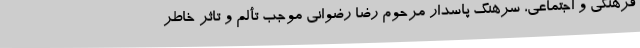
فرهنگی و اجتماعی، سرهنگ پاسدار مرحوم رضا رضوانی موجب تألم و تاثر خاطر